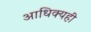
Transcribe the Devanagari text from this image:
आधिक्यही